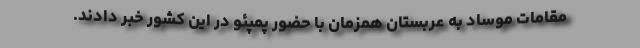
مقامات موساد به عربستان همزمان با حضور پمپئو در این کشور خبر دادند.